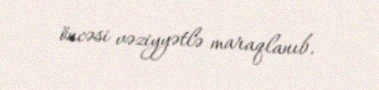
öncəsi vəziyyətlə maraqlanıb.